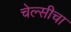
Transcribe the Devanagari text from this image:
चेल्सीचा